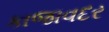
કાજાવદર